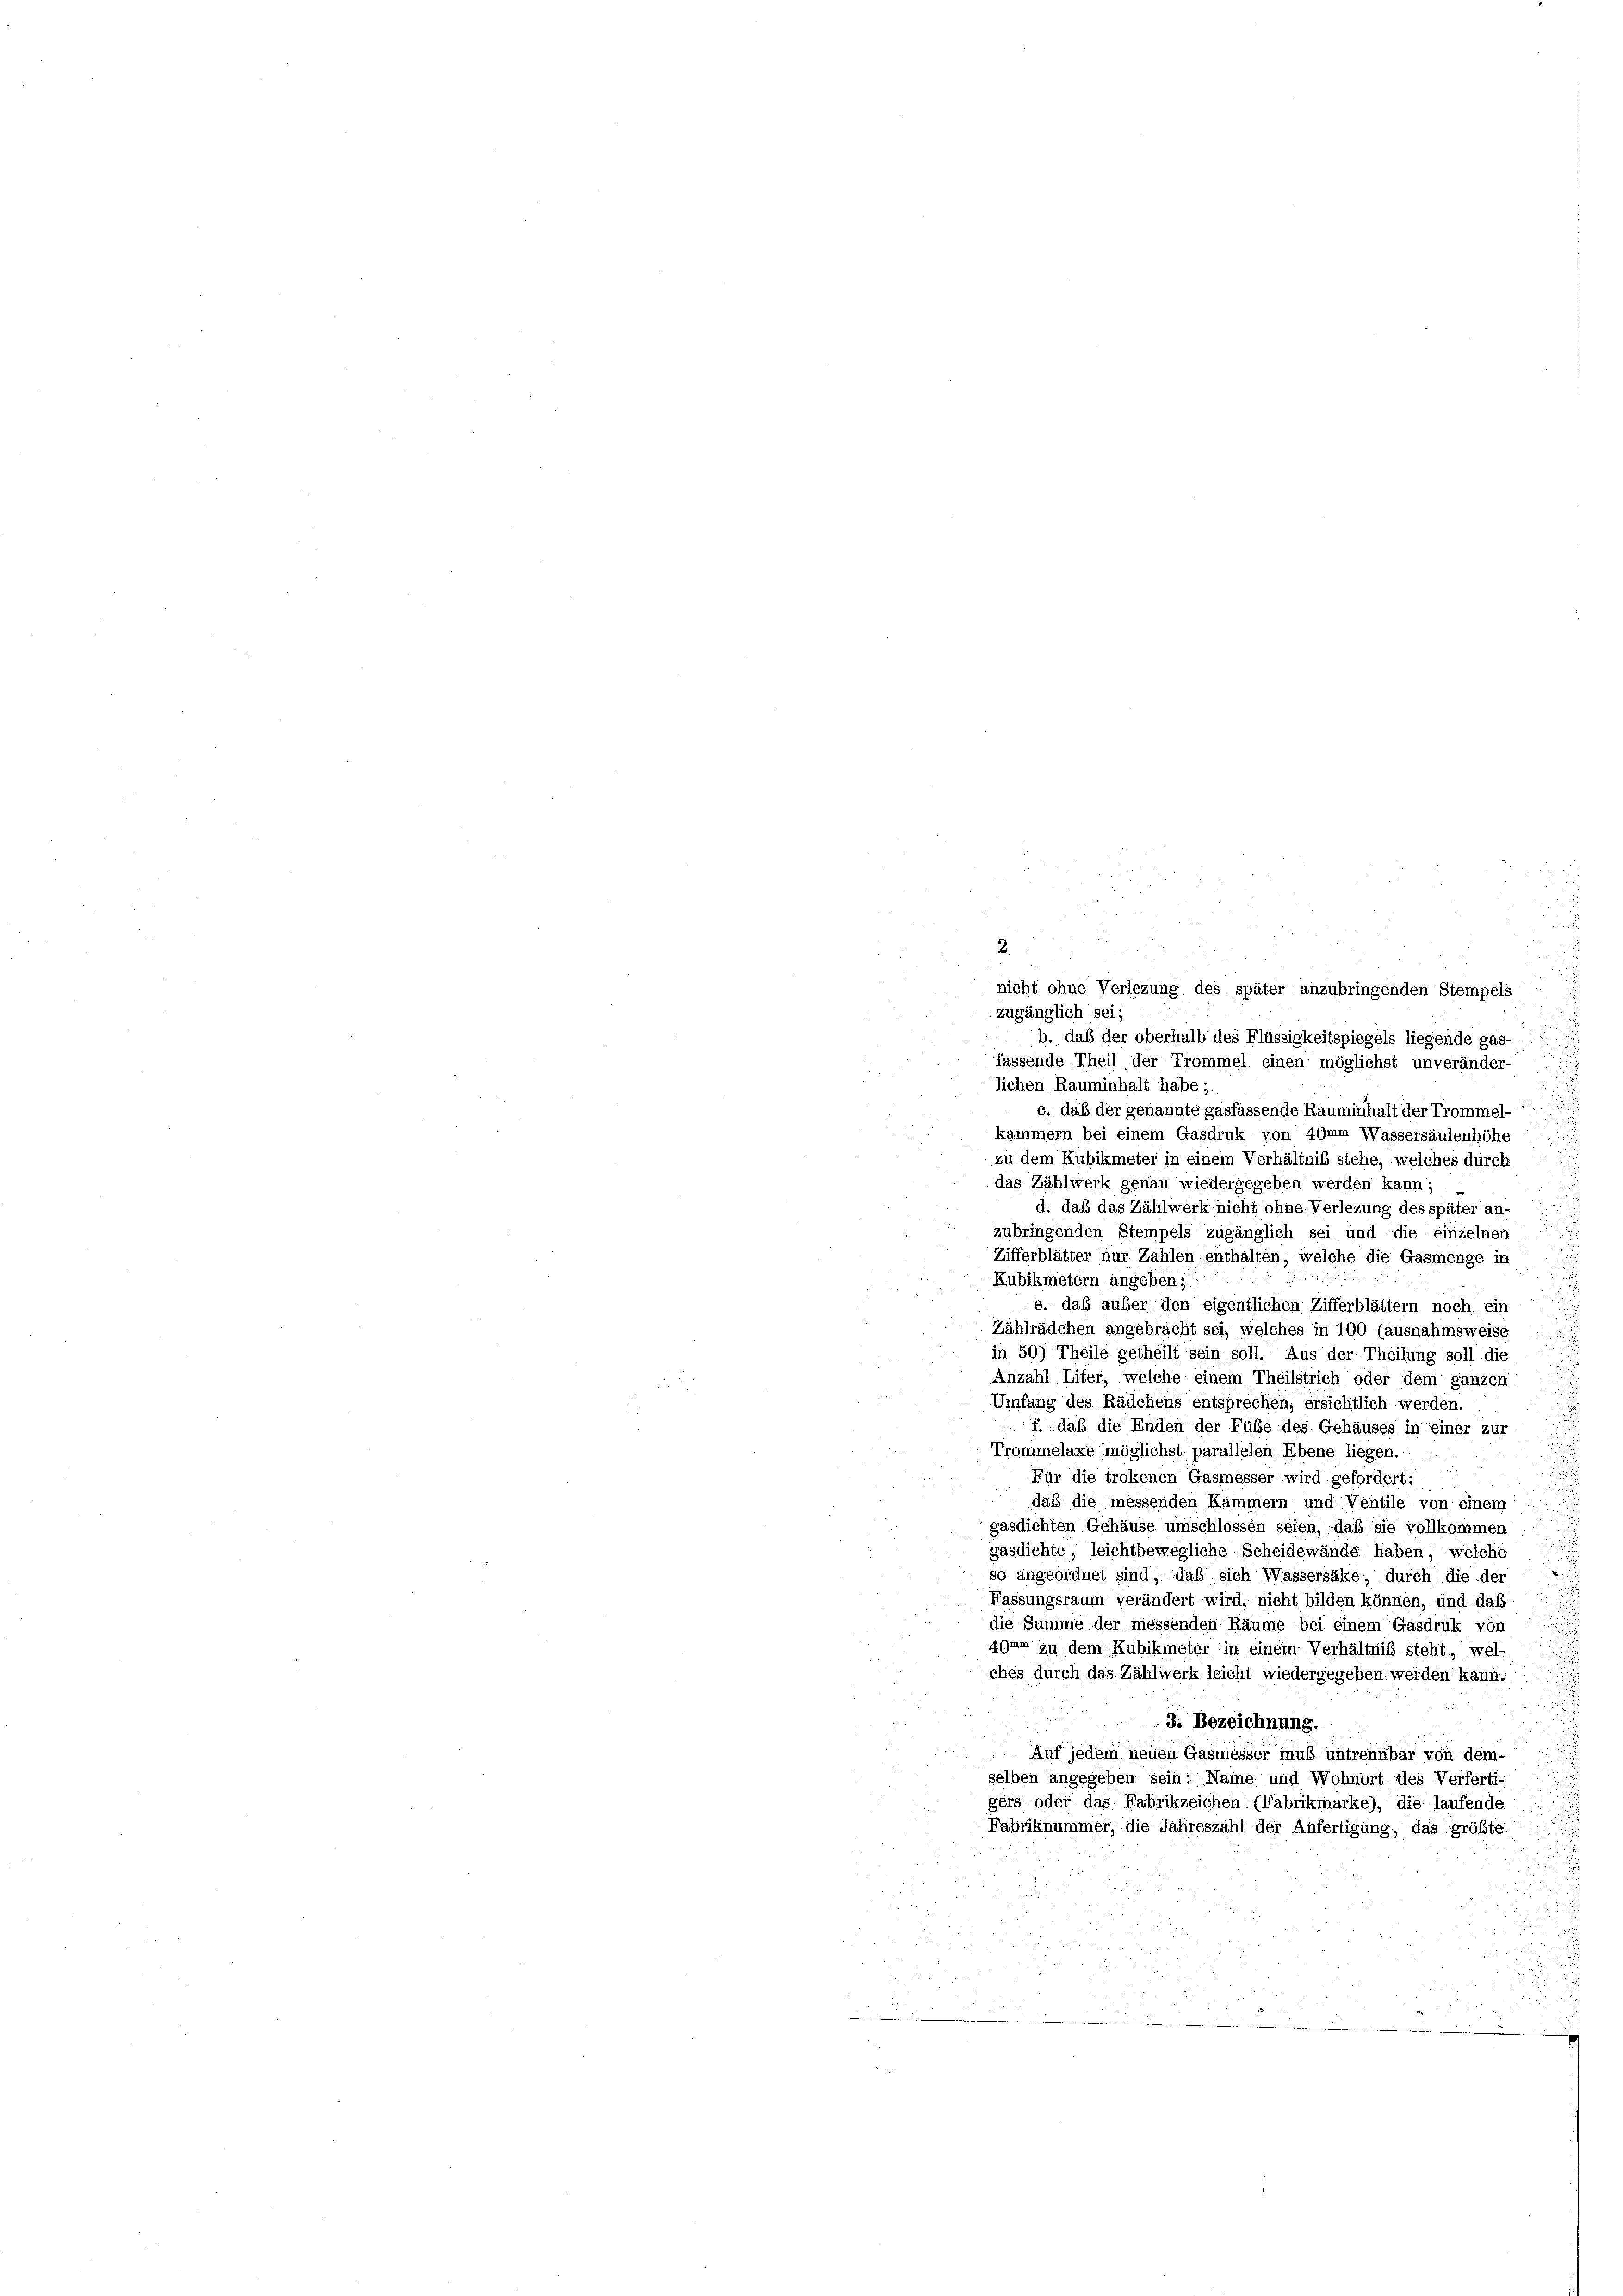
2.
nicht ohne Verlezung des später anzubringenden Stempels
zugänglich sei;
b. daß der oberhalb des Flüssigkeitspiegels liegende gas-
fassende Theil der Trommel einen möglichst unveränder-
lichen Rauminhalt habe;
c. daß der genannte gasfassende Rauminhalt der Trommel-
kammern bei einem Gasdruk von 41mm Wassersäulenhöhe
zu dem Kubikmeter in einem Verhältniß stehe, welches durch
das Zählwerk genau wiedergegeben werden kann;
d. daß das Zählwerk nicht ohne Verlezung des später an-
zubringenden Stempels zugänglich sei und die einzelnen
Zifferblätter nur Zahlen enthalten, welche die Gasmenge in
Kubikmetern angeben:
e. das außer den eigentlichen Zifferblättern noch ein
Zählrädchen angebracht sei, welches in 100 (ausnahmsweise
in 50) Theile getheilt sein soll. Aus der Theilung soll die
Anzahl Liter, welche einem Theilstrich oder dem ganzen
Umfang des Rädchens entsprechen, ersichtlich werden.
f. daß die Enden der Füße des Gehäuses in einer zur
Trommelaxe möglichst parallelen Ebene liegen.
Für die trokenen Gasmesser wird gefordert:
daß die messenden Kämmern und Ventile von einem
gasdichten Gehäuse umschlossen seien, daß sie vollkommen
gasdichte, leichtbewegliche Scheidewände haben, welche
so angeordnet sind, daß sich Wassersäke, durch die der
Fassungsraum verändert wird, nicht bilden können, und das
die Summe der messenden Räume bei einem Gasdruk von
4gar zu dem Kubikmeter in einem Verhältniß steht, wel-
ches durch das Zählwerk leicht wiedergegeben werden kann.
3. Bezeichnung.
Auf jedem neuen Gasmesser muß untrennbar von dem-
selben angegeben sein: Name und Wohnort des Verferti-
gers oder das Fabrikzeichen (Fabrikmarke), die laufende
Fabriknummer, die Jahreszahl der Anfertigung, das größte